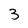
Character: 3